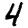
Digit: 4